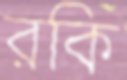
রকি